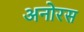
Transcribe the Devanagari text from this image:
अनोरस